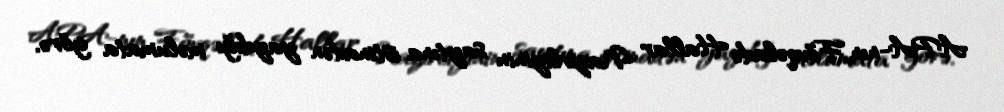
APA-nın Fövqəladə Hallar Nazirliyinin saytına istinadən yaydığı məlumata görə,